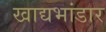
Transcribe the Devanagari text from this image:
खाद्यभांडार